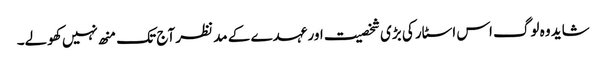
شاید وہ لوگ اس اسٹار کی بڑی شخصیت اور عہدے کے مد نظر آج تک منھ نہیں کھولے۔